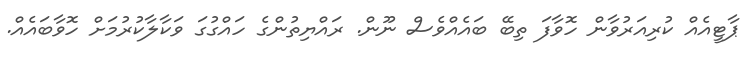
ޕާޓީއެއް ކުރިއަރުވާން ހޮވާފަ ތިބޭ ބައެއްވެސް ނޫން. ރައްޔިތުންގެ ހައްގުގަ ވަކާލާކުރުމަށް ހޮވާބައެއް.